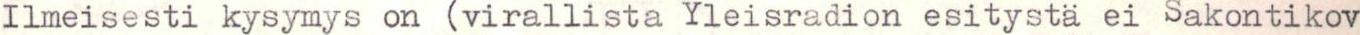
Ilmeisesti kysymys on (virallista Yleisradion esitystä ei Sakontikov